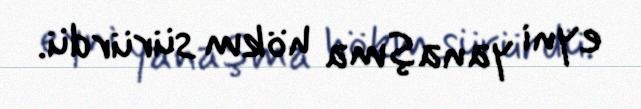
eyni yanaşma hökm sürürdü.